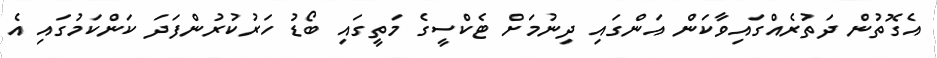
އެގޮތުން ދަތުރެއްގައިވާކަން އަންގައި ދިނުމަށް ޓެކްސީގެ މަތީގައި ބޯޑު ހަރުކުރުންފަދަ ކަންކަމުގައި އެ